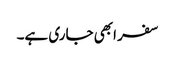
سفر ابھی جاری ہے۔